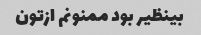
بینظیر بود ممنونم ازتون